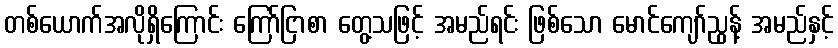
တစ်ယောက်အလိုရှိကြောင်း ကြော်ငြာစာ တွေ့သဖြင့် အမည်ရင်း ဖြစ်သော မောင်ကျော်ညွန့် အမည်နှင့်